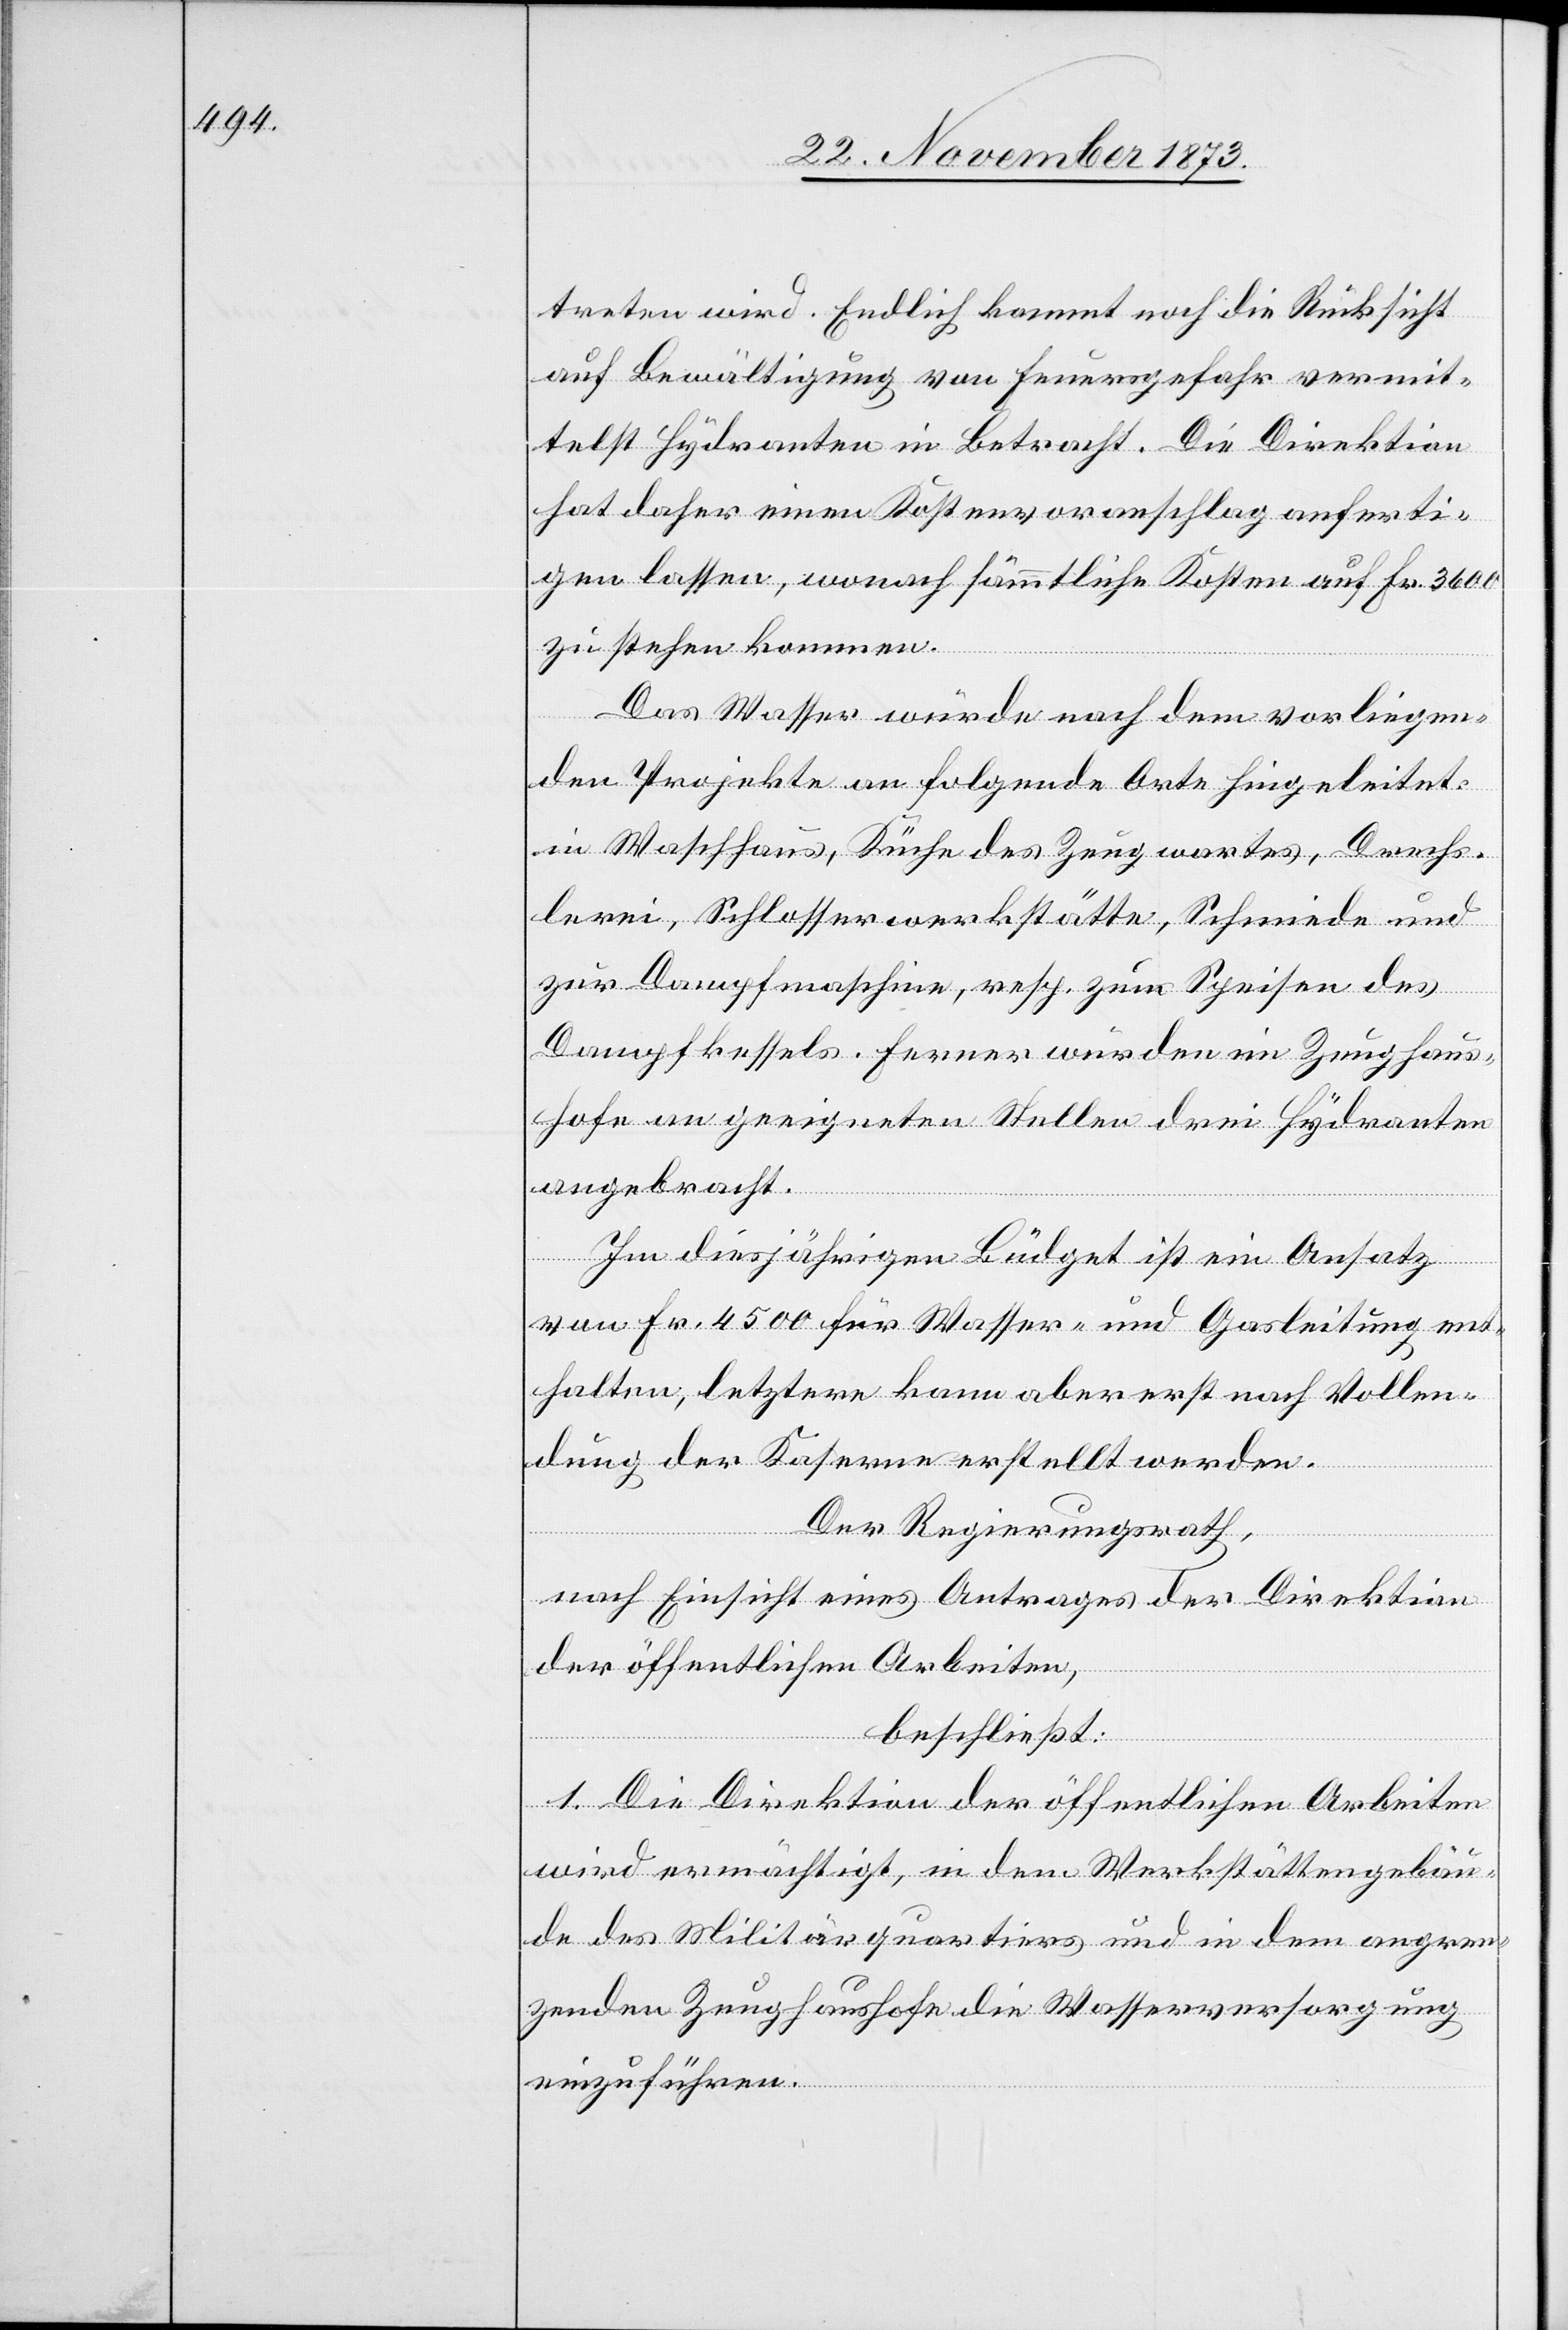
treten wird. Endlich kommt noch die Rücksicht
auf Bewältigung von Feuersgefahr vermit¬
telst Hydranten in Betracht. Die Direktion
hat daher einen Kostenvoranschlag anferti¬
gen lassen, wonach sämmtliche Kosten auf Fr. 3 600
zu stehen kommen.
Das Wasser würde nach dem vorliegen¬
den Projekte an folgende Orte hingeleitet:
in Waschhaus, Küche des Zeugwartes, Drechs¬
lerei, Schlosserwerkstätte, Schmiede und
zur Dampfmaschine, resp. zum Speisen des
Dampfkessels. Ferner würden im Zeughaus¬
hofe an geeigneten Stellen drei Hydranten
angebracht.
Im diesjährigen Büdget ist ein Ansatz
von Fr. 4 500 für Wasser- und Gasleitung ent¬
halten, letztere kann aber erst nach Vollen¬
dung der Kaserne erstellt werden.
Der Regierungsrath,
nach Einsicht eines Antrages der Direktion
der öffentlichen Arbeiten,
beschließt:
1. Die Direktion der öffentlichen Arbeiten
wird ermächtigt, in dem Werkstättengebäu¬
de des Militärquartiers und in dem angren¬
zenden Zeughaushofe die Wasserversorgung
einzuführen.